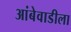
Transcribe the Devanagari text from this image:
आंबेवाडीला